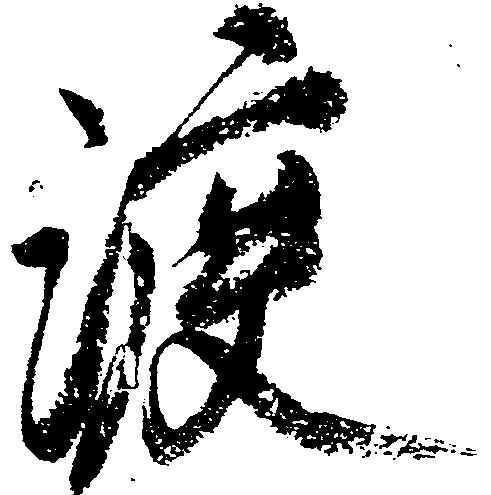
渡